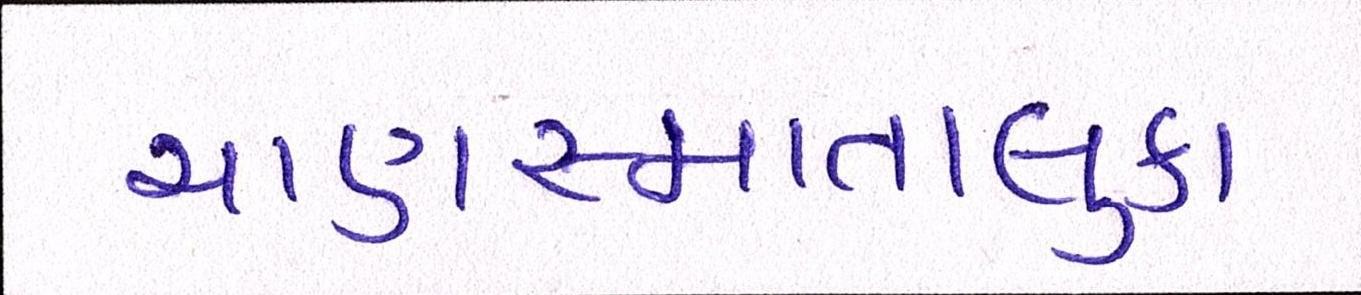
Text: ચાણસ્માતાલુકા